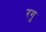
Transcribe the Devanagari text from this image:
रगु